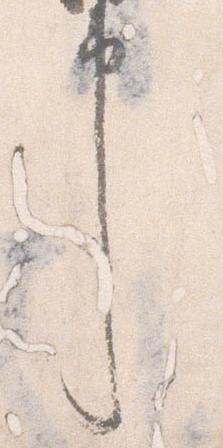
申